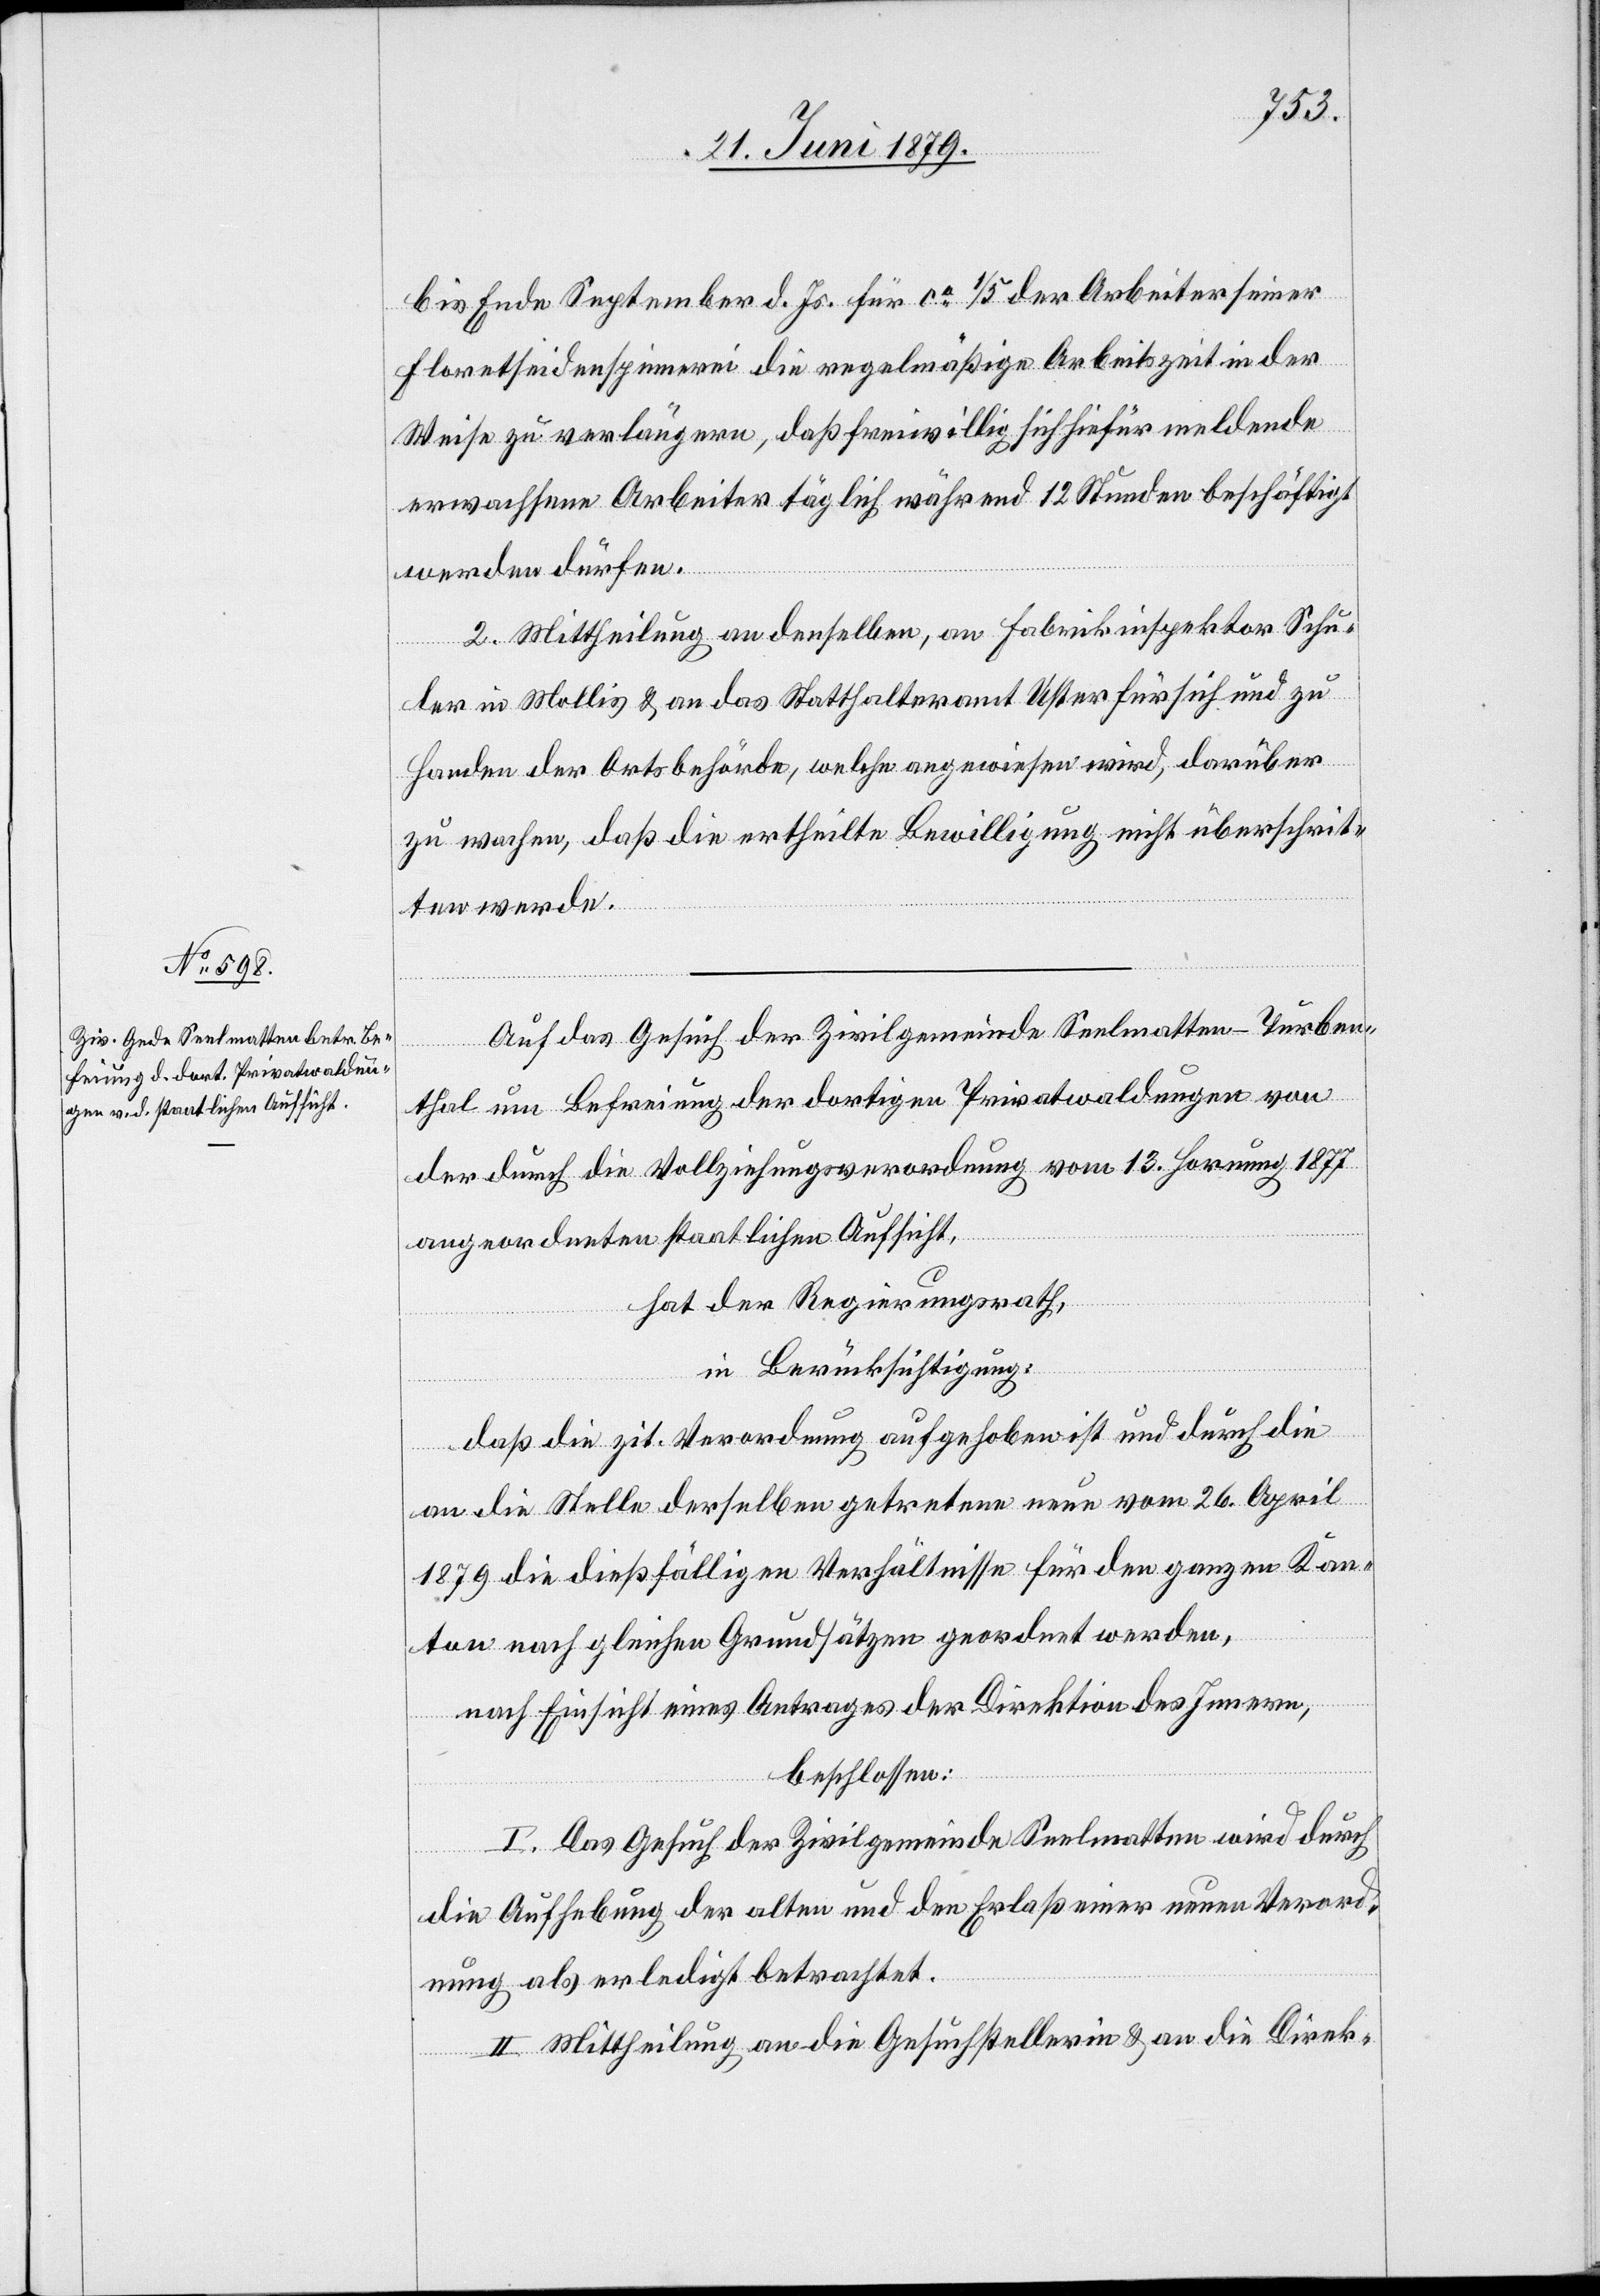
bis Ende September d. Js. für ca 1/5 der Arbeiter seiner
Floretseidenspinnerei die regelmäßige Arbeitszeit in der
Weise zu verlängern, daß freiwillig sich hiefür meldende
erwachsene Arbeiter täglich während 12 Stunden beschäftigt
werden dürfen.
2. Mittheilung an denselben, an Fabrikinspektor Schu¬
ler in Mollis & an das Statthalteramt Uster für sich und zu
Handen der Ortsbehörde, welche angewiesen wird, darüber
zu wachen, daß die ertheilte Bewilligung nicht überschrit¬
ten werde.
Auf das Gesuch der Zivilgemeinde Seelmatten - Turben¬
thal um Befreiung der dortigen Privatwaldungen von
der durch die Vollziehungsverordnung vom 13. Hornung 1877
angeordneten staatlichen Aufsicht,
hat der Regierungsrath,
in Berücksichtigung:
daß die zit. Verordnung aufgehoben ist und durch die
an die Stelle derselben getretene neue vom 26. April
1879 die dießfälligen Verhältnisse für den ganzen Kan¬
ton nach gleichen Grundsätzen geordnet werden,
nach Einsicht eines Antrages der Direktion des Innern,
beschlossen:
I. Das Gesuch der Zivilgemeinde Seelmatten wird durch
die Aufhebung der alten und den Erlaß einer neuen Verord¬
nung als erledigt betrachtet.
II. Mittheilung an die Gesuchstellerin & an die Direk-